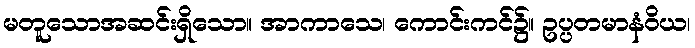
မတူသောအဆင်းရှိသော။ အာကာသေ၊ ကောင်းကင်၌။ ဥပ္ပတမာနံဝိယ၊